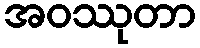
အဝဿုတာ